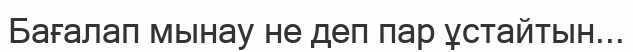
Бағалап мынау не деп пар ұстайтын...